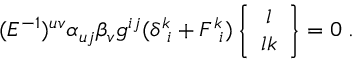
( E ^ { - 1 } ) ^ { u v } \alpha _ { u j } \beta _ { v } g ^ { i j } ( \delta ^ { k } \! _ { i } + F ^ { k } \! _ { i } ) \left\{ \begin{array} { c } { { l } } \\ { { l k } } \end{array} \right\} = 0 \; .